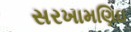
સરખામણિઇ